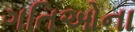
ગતિઓના